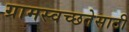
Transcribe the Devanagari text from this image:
ग्रामस्वच्छतेसाठी